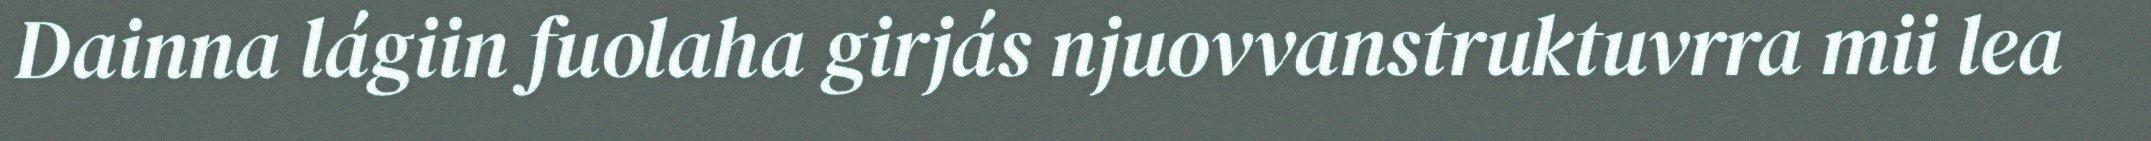
Dainna lágiin fuolaha girjás njuovvanstruktuvrra mii lea